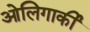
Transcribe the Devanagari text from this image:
ओलिगार्की